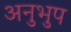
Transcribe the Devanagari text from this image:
अनुभुप